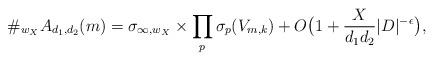
LaTeX: \begin{align*}\#_{w_X}A_{d_1,d_2}(m)=\sigma_{\infty,w_X} \times \prod_{p} \sigma_p(V_{m,k})+ O\big(1+ \frac{X}{d_1d_2}|D|^{-\epsilon}\big),\end{align*}